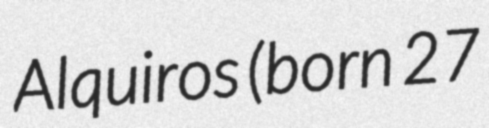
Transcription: Alquiros (born 27